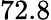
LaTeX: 72.8